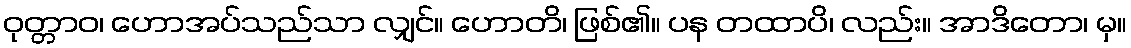
ဝုတ္တာဝ၊ ဟောအပ်သည်သာ လျှင်။ ဟောတိ၊ ဖြစ်၏။ ပန တထာပိ၊ လည်း။ အာဒိတော၊ မှ။